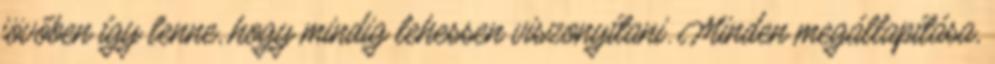
jövőben így lenne, hogy mindig lehessen viszonyítani. Minden megállapítása,